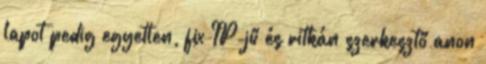
lapot pedig egyetlen, fix IP-jű és ritkán szerkesztő anon